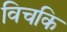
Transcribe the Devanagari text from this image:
विचकि